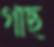
গাছ